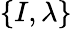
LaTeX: \{ I,\lambda\}